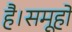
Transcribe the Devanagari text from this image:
है।समूहों